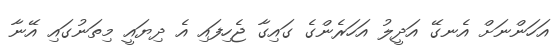
އަހަންނަށް އެނގޭ އަދީލު އަހަރެންގެ ގައިގާ ޖެހިފައި އެ ދިޔައީ މިތަނުގައި އޭނާ